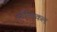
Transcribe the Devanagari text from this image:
इवेंग्लिकल